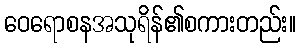
ဝေရောစနအသုရိန်၏စကားတည်း။